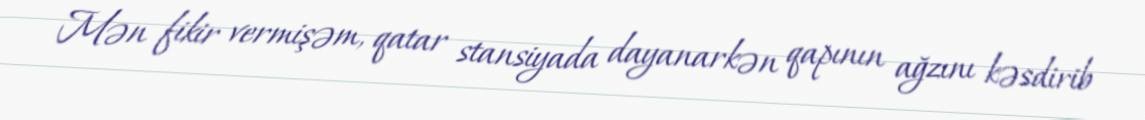
Mən fikir vermişəm, qatar stansiyada dayanarkən qapının ağzını kəsdirib